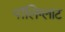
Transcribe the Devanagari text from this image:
पॉलिग्लाट